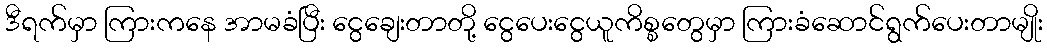
ဒီရက်မှာ ကြားကနေ အာမခံပြီး ငွေချေးတာတို့ ငွေပေးငွေယူကိစ္စတွေမှာ ကြားခံဆောင်ရွက်ပေးတာမျိုး